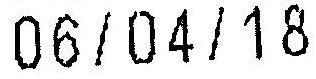
06/04/18